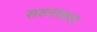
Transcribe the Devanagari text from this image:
सवनाकरा